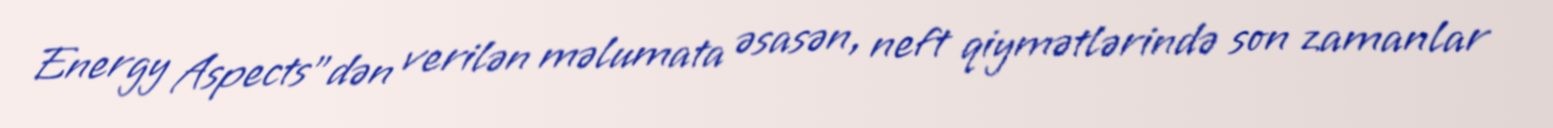
Energy Aspects"dən verilən məlumata əsasən, neft qiymətlərində son zamanlar